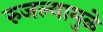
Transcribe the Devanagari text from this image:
रुजल्यामुळे